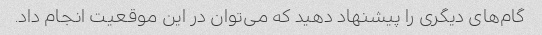
گام‌های دیگری را پیشنهاد دهید که می‌توان در این موقعیت انجام داد.